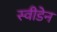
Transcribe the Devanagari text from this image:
स्‍वीडेन